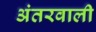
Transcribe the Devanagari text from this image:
अंतरवाली